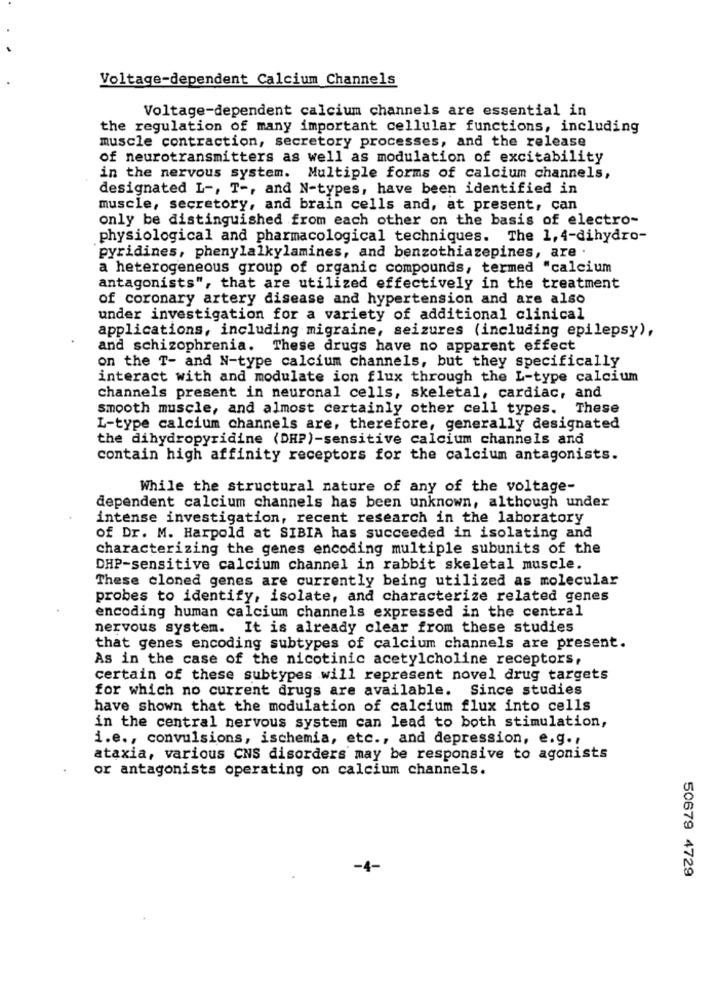
Voltage-dependent Calcium Channels
Voltage-dependent calcium channels are essential in
the regulation of many important cellular functions, including
muscle contraction, secretory processes, and the release
of neurotransmitters as well as modulation of excitability
in the nervous system. Multiple forms of calcium channels,
designated L -, T -, and N-types, have been identified in
muscle, secretory, and brain cells and, at present, can
only be distinguished from each other on the basis of electro-
physiological and pharmacological techniques. The 1, 4-dihydro-
pyridines, phenylalkylamines, and benzothiazepines, are
a heterogeneous group of organic compounds, termed "calcium
antagonists", that are utilized effectively in the treatment
of coronary artery disease and hypertension and are also
under investigation for a variety of additional clinical
applications, including migraine, seizures (including epilepsy),
and schizophrenia. These drugs have no apparent effect
on the T- and N-type calcium channels, but they specifically
interact with and modulate ion flux through the L-type calcium
channels present in neuronal cells, skeletal, cardiac, and
smooth muscle, and almost certainly other cell types. These
L-type calcium channels are, therefore, generally designated
the dihydropyridine (DHP)-sensitive calcium channels and
contain high affinity receptors for the calcium antagonists.
While the structural nature of any of the voltage-
dependent calcium channels has been unknown, although under
intense investigation, recent research in the laboratory
of Dr. M. Harpold at SIBIA has succeeded in isolating and
characterizing the genes encoding multiple subunits of the
DHP-sensitive calcium channel in rabbit skeletal muscle.
These cloned genes are currently being utilized as molecular
probes to identify, isolate, and characterize related genes
encoding human calcium channels expressed in the central
nervous system. It is already clear from these studies
that genes encoding subtypes of calcium channels are present.
As in the case of the nicotinic acetylcholine receptors,
certain of these subtypes will represent novel drug targets
for which no current drugs are available. Since studies
have shown that the modulation of calcium flux into cells
in the central nervous system can lead to both stimulation,
i.e ., convulsions, ischemia, etc ., and depression, e.g .,
ataxia, various CNS disorders may be responsive to agonists
or antagonists operating on calcium channels.
-4-
50679 4729